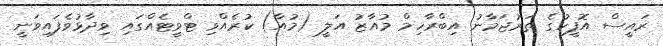
ރައީސް އޮފީހުގެ ތަރުޖަމާނު އިބްރާހިމް މުއާޒު އަލީ (މުއާ) ކުރެއްވި ޓްވީޓެއްގައި ވިދާޅުވެފައިވަނީ